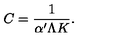
C = \frac { 1 } { \alpha ^ { \prime } \Lambda K } .